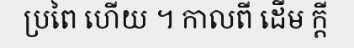
ប្រពៃ ហើយ ។ កាលពី ដើម ក្តី